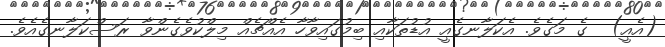
(އެއީ)  ގެ މަގެވެ. އެކަލާނގެއީ އުޑުތަކާއި ބިމުގައިވާހާ އެއްޗެއް މިލްކުވެގެންވާ ރަސްކަލާނގެއެވެ.